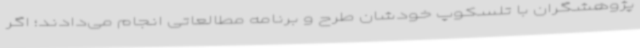
پژوهشگران با تلسکوپ خودشان طرح و برنامه مطالعاتی انجام می‌دادند؛ اگر